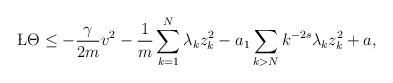
LaTeX: \begin{align*}\begin{aligned}\L \Theta &\leq -\frac{\gamma}{2m}v^2-\frac{1}{m}\sum_{k=1}^N\lambda_k z_k^2-a_1\sum_{k>N}k^{-2s}\lambda_kz_k^2 +a,\end{aligned}\end{align*}